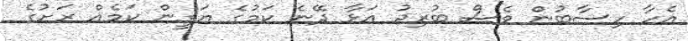
އެހާ ހިސާބުން ވެސް ބުރިޖު އަޅާ ދޭނެ ކަމުގެ ޔަގީން ކަމެއް ރަށުގެ